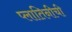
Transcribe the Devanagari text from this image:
प्लातिनीची